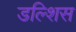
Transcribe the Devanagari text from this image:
डल्शिस